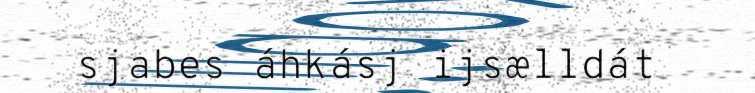
sjabes áhkásj ijsælldát